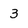
Character: 3